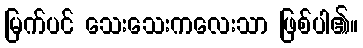
မြက်ပင် သေးသေးကလေးသာ ဖြစ်ပါ၏။